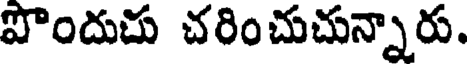
పొందుచు చరించుచున్నారు.